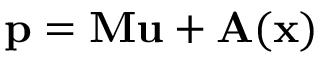
\mathbf { p } = \mathbf { M } \mathbf { u } + \mathbf { A } ( \mathbf { x } )